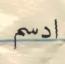
ادسم